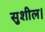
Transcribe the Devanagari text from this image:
सुशील।